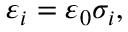
\varepsilon _ { i } = \varepsilon _ { 0 } \sigma _ { i } ,